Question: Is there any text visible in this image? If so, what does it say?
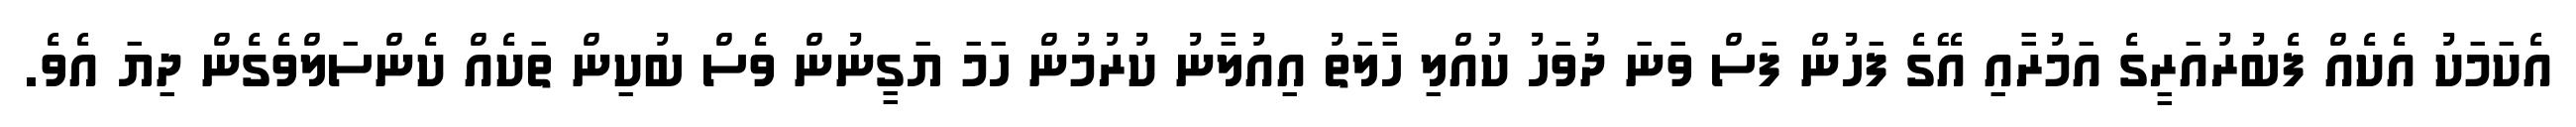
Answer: އެކަމަކު އެކެއް ފެބުރުއަރީގެ އަމުރާއި އޭގެ ފަހުން ފަސް ވަނަ ދުވަހު ކުއްލި ހާލަތު އިއުލާނު ކުރުމުން ހަމަ ޔަގީނުން ވެސް ބުކިން ތަކެއް ކެންސަލްވެގެން ދިޔަ އެވެ.